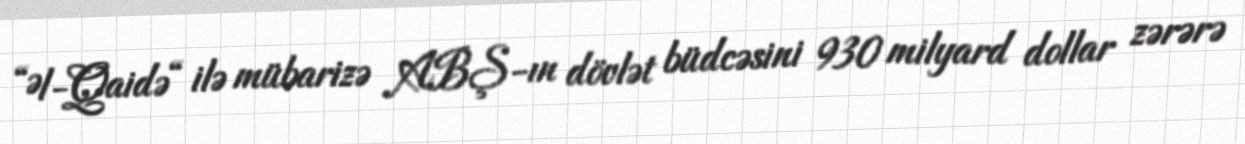
“Əl-Qaidə“ ilə mübarizə ABŞ-ın dövlət büdcəsini 930 milyard dollar zərərə